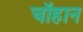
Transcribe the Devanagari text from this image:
चॉहान